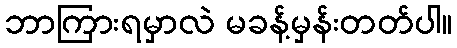
ဘာကြားရမှာလဲ မခန့်မှန်းတတ်ပါ။